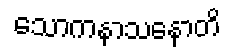
သောကနာသနောတိ